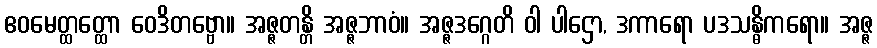
ဧဝမေတ္ထတ္ထော ဝေဒိတဗ္ဗော။ အဇ္ဇတန္တိ အဇ္ဇဘာဝံ။ အဇ္ဇဒဂ္ဂေတိ ဝါ ပါဌော, ဒကာရော ပဒသန္ဓိကရော။ အဇ္ဇ